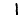
Digit: 1